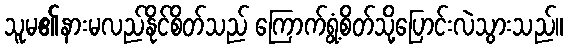
သူမ၏နားမလည်နိုင်စိတ်သည် ကြောက်ရွံ့စိတ်သို့ပြောင်းလဲသွားသည်။